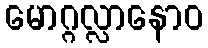
မောဂ္ဂလ္လာနောဝ